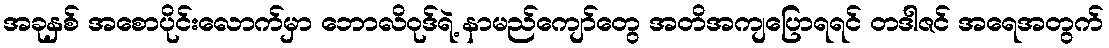
အခုနှစ် အစောပိုင်းလောက်မှာ ဘောလိဝုဒ်ရဲ့ နာမည်ကျော်တွေ အတိအကျပြောရရင် တဒါဇင် အရေအတွက်